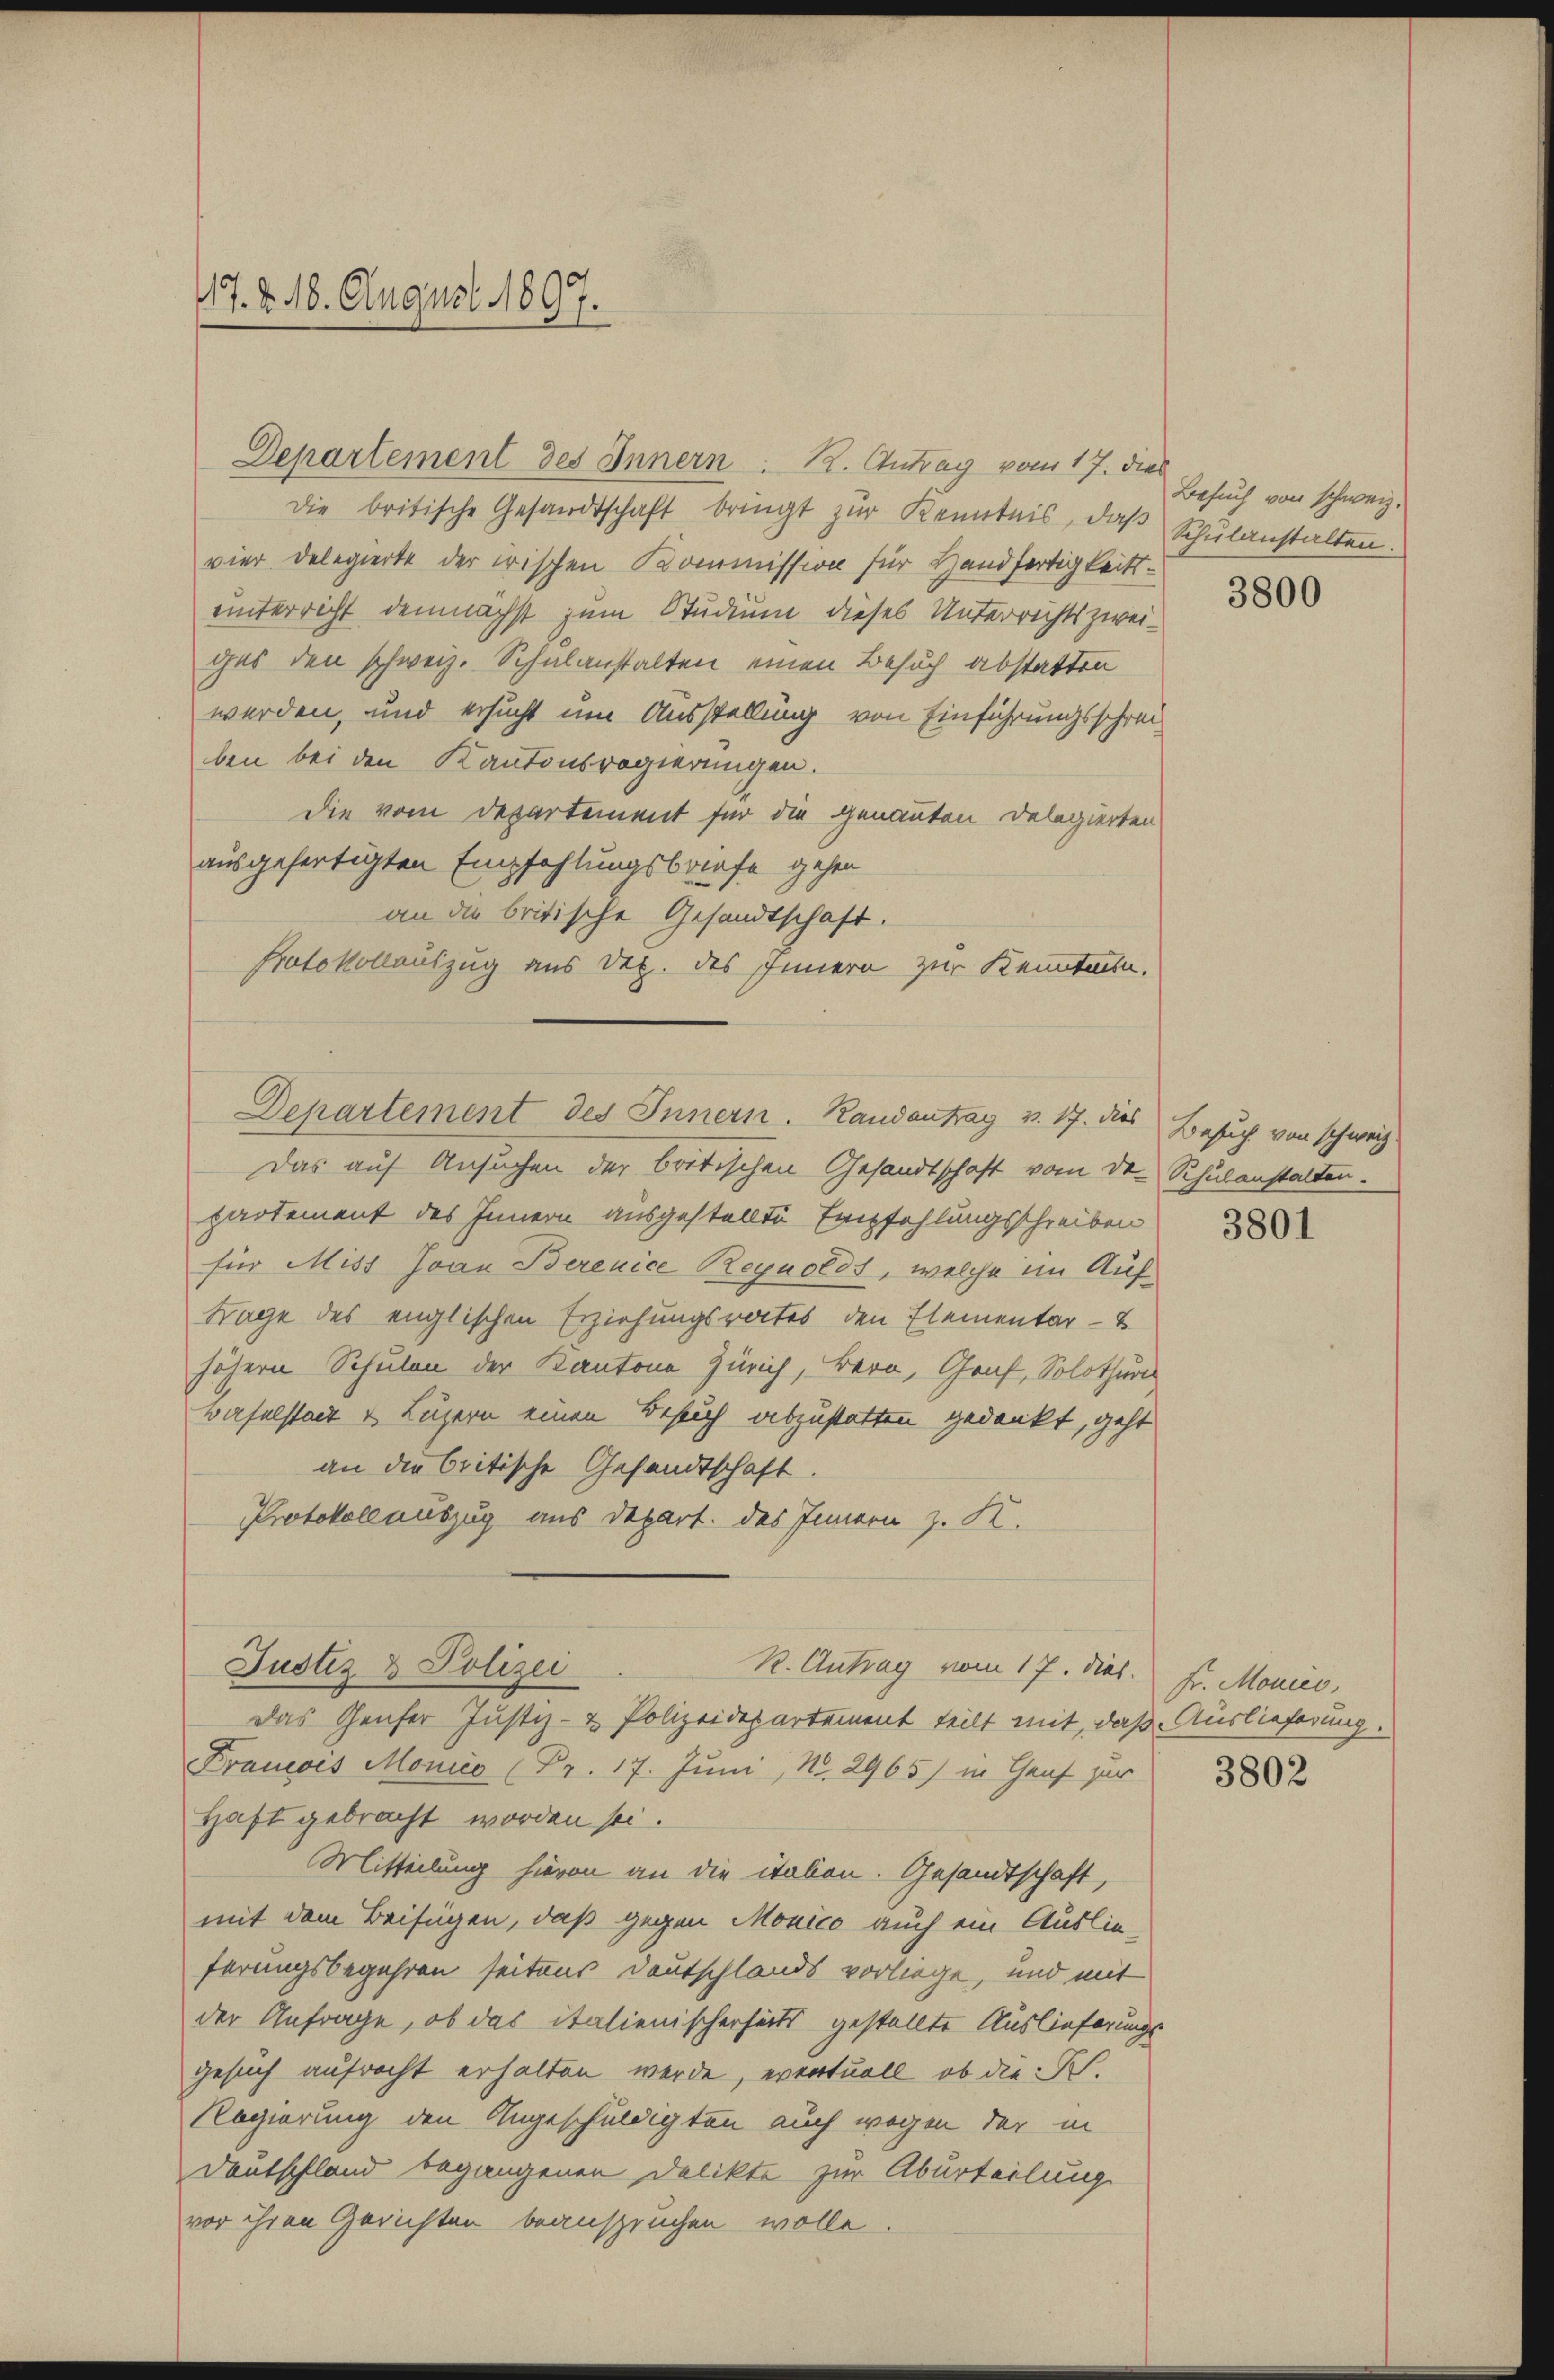
17. d. 16. August 1897.

Departement des Innern . 12. Antrag vom 17. die
die britische Gesandtschaft bringt zŭr Kenntnis, daβ Schŭlanstalten.
vier Delegierte der irischen Kommission für Handfertigkeitsunterricht demnächst zum Studium dieses Unterrichtszweiges den schweiz. Schulanstalten einen Besuch abstatten
werden, und ersucht um Ausstellung von Einführungsschreiben bei den Kantonsregierungen.
die vom Departement für die genannten Delegierten
ausgefertigten Empfehlungsbriefe gehen
an die britische Gesandtschaft.
Protokollauszug aus Dez. des Innern zur Kenntnis.
Departement des Innern. Randantrag v. 17. dies
Das auf Ansuchen der britischen Gesandtschaft vom De-
partement des Innern ausgestellte Empfehlungsschreiben
für Miss Ivan Berenice Reynolds, welche im Auf
Frage des englischen Erziehungsrates den Elementar - B
höhern Schulen der Kantone Zürich, Bern, Graf, Solothur
waselstadt u. Luzern einen Besuch abzustatten gedankt, geht
an die britische Gesandtschaft.
Protokoll auszug aus Depart. des Innern z. K.

Justiz & Polizei
R. Antrag vom 17. dies. Fr. Monies,

Das Genfer Justiz- & Polizeidepartement teilt mit, daß Auslieferung.
Francois Monico (Pr. 17. Juni, Nr. 2965) in Genf zur
Haft gebracht worden sei.
Mitteilung hievon an die itaben. Gesandtschaft,
mit dem Beifügen, daß gegen Monico auch ein Auslieferungsbegehren seitens Deutschlands vorliege, und mit
der Anfrage, ob das italienischerseits gestellte Auslieferungs
gesuch aufrecht erhalten werde, eventuell, ob die Sch.
Regierung den Angeschuldigten auch wegen der in
Deutschland begangenen Delikte zur Aburteilung
vor ihren Gerichten beanspruchen wolle.

Besuch von schweiz.
3800

Besuch von schweiz.
Schulanstalten.

3801

3802